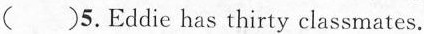
()5.Eddie has thirty classmates.